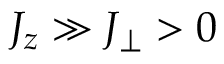
J _ { z } \gg J _ { \perp } > 0